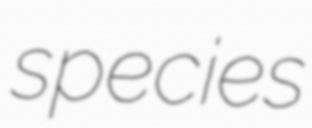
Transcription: species